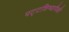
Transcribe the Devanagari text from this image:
पट्टशिष्यापैकी